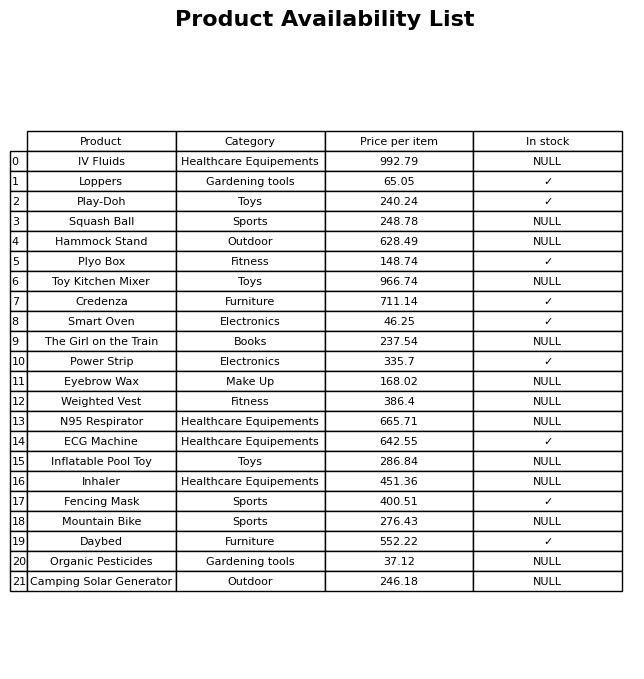
question: What is the price of the N95 Respirator?
answer: The price of N95 Respirator is 665.71.